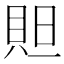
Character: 𮙻